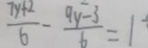
\frac { 7 x + 2 } { 6 } - \frac { 9 y - 3 } { 6 } = 1